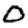
Digit: 0